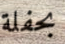
بحفلة